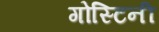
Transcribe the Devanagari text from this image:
गोस्टिनी